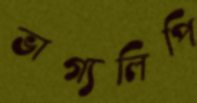
ভাগ্যলিপি